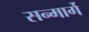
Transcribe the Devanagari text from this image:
सन्मार्गे